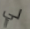
لي